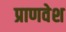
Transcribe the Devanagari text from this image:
प्राणवेश